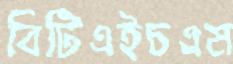
বিটিএইচএম